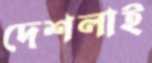
দেশলাই